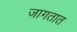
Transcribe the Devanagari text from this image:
जागतात